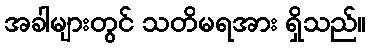
အခါများတွင် သတိမရအား ရှိသည်။